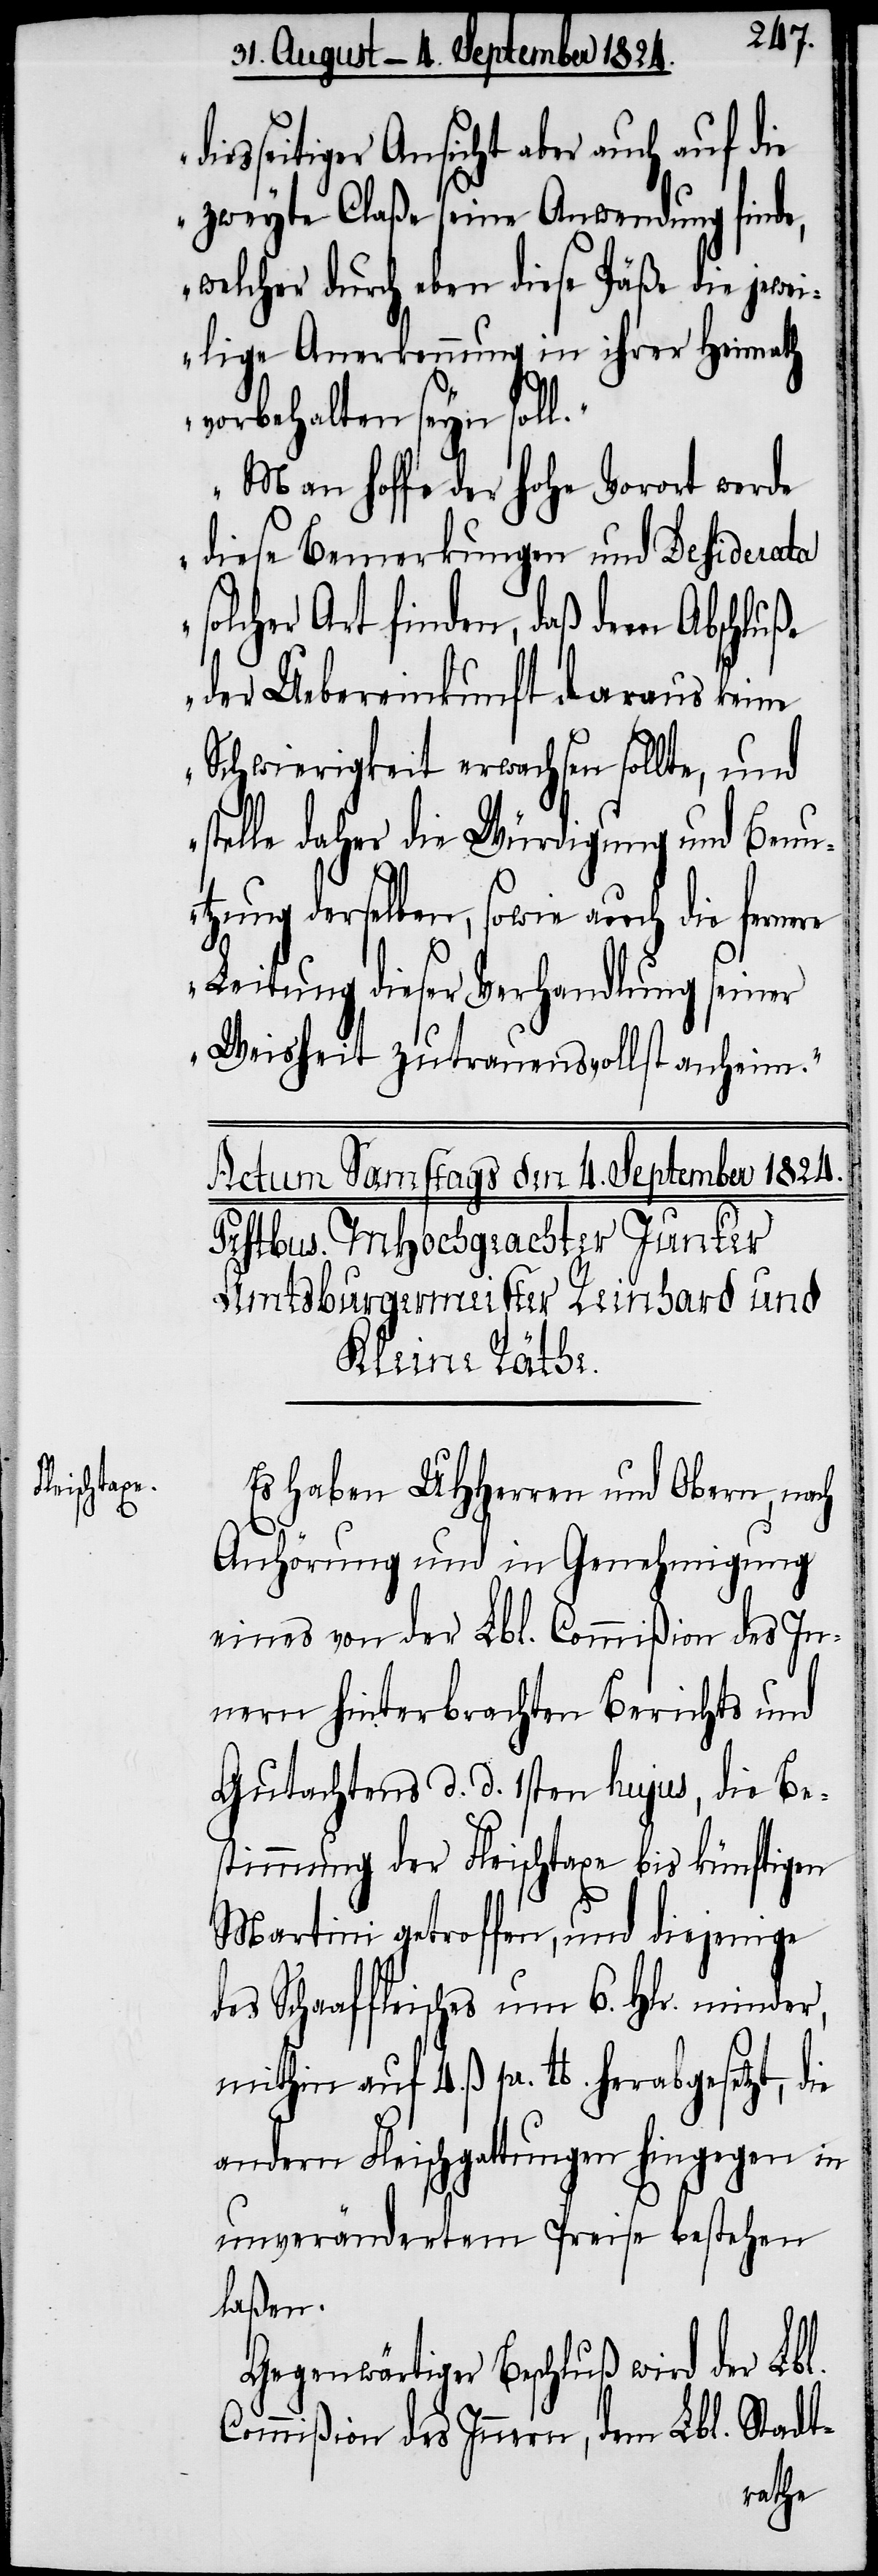
diesseitiger Ansicht aber auch auf die
zweyte Claße seine Anwendung finde,
welcher durch eben diese Päße die jewe¬
ilige Anerkennung in ihrer Heimath
vorbehalten seyn soll.
Man hoffe der hohe Vorort werde
diese Bemerkungen und Desiderata
solcher Art finden, daß deren Abschluße
der Uebereinkunft daraus keine
Schwierigkeit erwachsen sollte, und
stelle daher die Würdigung und Benu¬
tzung derselben, sowie auch die fernere
Leitung dieser Verhandlung seiner
Weisheit zutrauensvollst anheim.“
Es haben UHHerren und Obern, nach
Anhörung und in Genehmigung
eines von der Lbl. Commißion des In¬
nern hinterbrachten Berichts und
Gutachtens d. d. 1sten hujus, die Be¬
stimmung der Fleischtaxe bis künftigen
Martini getroffen, und diejenige
mithin auf 4. ß. pr. lb. herabgesetzt, die
andern Fleischgattungen hingegen in
unverändertem Preise bestehen
laßen.
Gegenwärtiger Beschluß wird der Lbl.
Commißion des Innern, dem Lbl. Stadt-